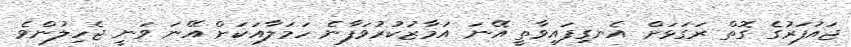
ޖައުފަރުގެ ގޮތް ރަގަޅަށް އެނގިފައިވާތީ އޭނަ އަމާޒުކުރުވަފާނެ ހަމަލާއަކަށް އޭނަ ވަނީ ޖެހިލުންވެ